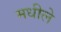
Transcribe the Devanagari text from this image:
मधीले